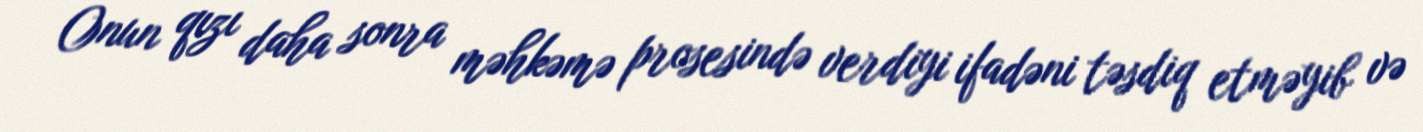
Onun qızı daha sonra məhkəmə prosesində verdiyi ifadəni təsdiq etməyib və